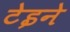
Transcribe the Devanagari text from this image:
टेइने